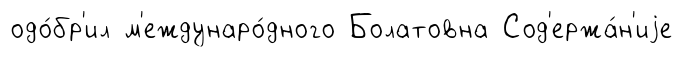
одо́бр'ил м'еждунаро́дного Болатовна Сод'ержа́н'иjе